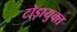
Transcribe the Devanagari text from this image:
टोड़ायुक्त